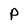
Character: P